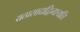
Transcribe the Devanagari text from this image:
यत्प्रसादाद्विनश्यति